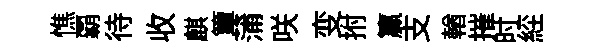
憔覇待收麒簟蒲咲变拊籯支輶摧时𦀇